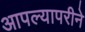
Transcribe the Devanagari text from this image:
आपल्यापरीने